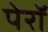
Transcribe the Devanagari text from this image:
पेरॉ